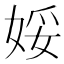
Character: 娞